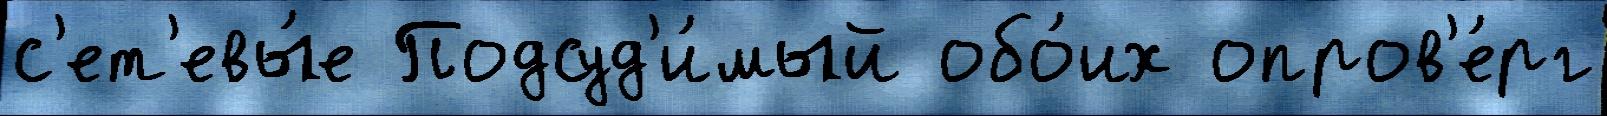
с'ет'евы́е Подсуд'и́мый обо́их опров'е́рг